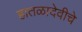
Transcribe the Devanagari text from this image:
हातळादेवीचे